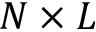
N \times L